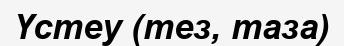
Үстеу (тез, таза)